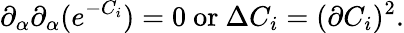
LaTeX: \partial_{\alpha}\partial_{\alpha}(e^{-C_{i}})=0~\mathrm{or}~\Delta C_{i}=(\partial C_{i})^{2}.